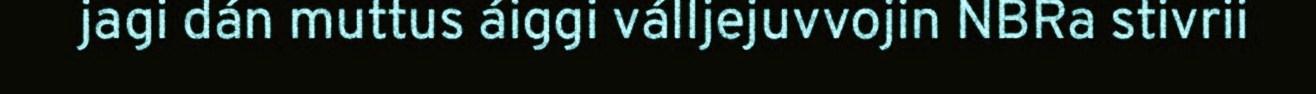
jagi dán muttus áiggi válljejuvvojin NBRa stivrii